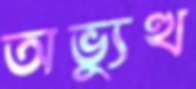
অভ্যুত্থ